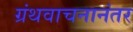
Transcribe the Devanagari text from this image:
ग्रंथवाचनानंतर